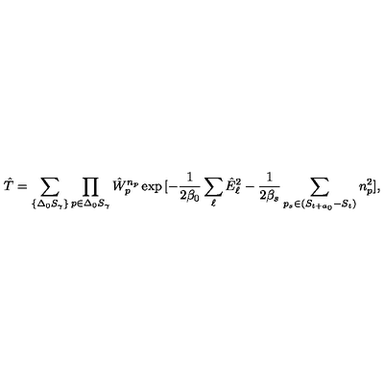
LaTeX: \hat { T } = \sum _ { \{ \Delta _ { 0 } S _ { \gamma } \} } \prod _ { p \in \Delta _ { 0 } S _ { \gamma } } \hat { W } _ { p } ^ { n _ { p } } \exp { [ - \frac { 1 } { 2 \beta _ { 0 } } \sum _ { \ell } \hat { E } _ { \ell } ^ { 2 } - \frac { 1 } { 2 \beta _ { s } } \sum _ { p _ { s } \in ( S _ { t + a _ { 0 } } - S _ { t } ) } n _ { p } ^ { 2 } ] } ,